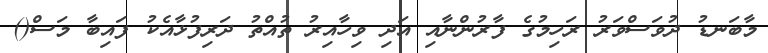
މާބަނޑު ދުވަސްވަރު ރަހިމުގެ ފާރުންނާއި އަދި ވިހާއިރު ތުއްތު ދަރިފުޅާއެކު ފައިބާ މަސް()